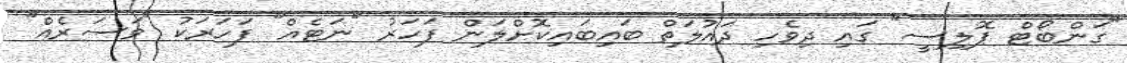
"ގަންބޯޓް ޕޮލިސީ" ގައި ދިވެހި ދައުލަތް ބައިބައިކޮށްލަން ފަހަރު "ނަޓެއް" ފަހަރަކު "ވަސަރެއް"